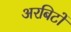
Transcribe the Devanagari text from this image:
अरबिटों